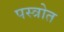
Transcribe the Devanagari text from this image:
पस्त्रोत